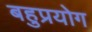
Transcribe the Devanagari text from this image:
बहुप्रयोग